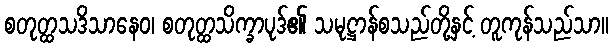
စတုတ္ထသဒိသာနေဝ၊ စတုတ္ထသိက္ခာပုဒ်၏ သမုဋ္ဌာန်စသည်တို့နှင့် တူကုန်သည်သာ။